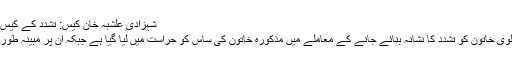
شہزادی علشبہ خان کیس: تشدد کے کیس میں ساس زیرِحراست اور شوہر علی جابر موتی مفرور
کراچی پولیس کا کہنا ہے کہ 19 سالہ پاکستانی نژاد اطالوی خاتون کو تشدد کا نشانہ بنائے جانے کے معاملے میں مذکورہ خاتون کی ساس کو حراست میں لیا گیا ہے جبکہ ان پر مبینہ طور پر تشدد کرنے والے ان کے شوہر کی تلاش جاری ہے۔